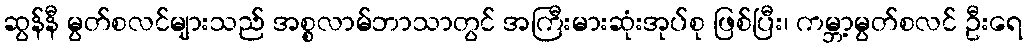
ဆွန်နီ မွတ်စလင်များသည် အစ္စလာမ်ဘာသာတွင် အကြီးမားဆုံးအုပ်စု ဖြစ်ပြီး၊ ကမ္ဘာ့မွတ်စလင် ဦးရေ